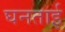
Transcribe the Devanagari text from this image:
घनताई